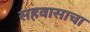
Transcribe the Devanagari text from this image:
सहवासाचा